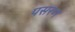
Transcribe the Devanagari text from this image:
पसरण